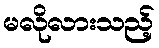
မလိုလားသည့်